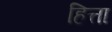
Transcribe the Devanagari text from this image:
हित्ता